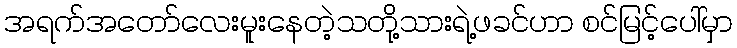
အရက်အတော်လေးမူးနေတဲ့သတို့သားရဲ့ဖခင်ဟာ စင်မြင့်ပေါ်မှာ